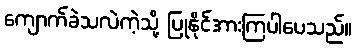
ကျောက်ခဲသလဲကဲ့သို့ ပြုနိုင်အားကြပါပေသည်။